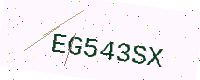
Text: EG543SX